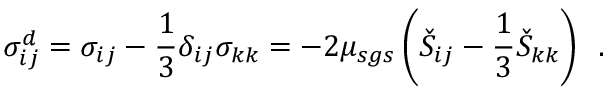
\sigma _ { i j } ^ { d } = \sigma _ { i j } - \frac { 1 } { 3 } \delta _ { i j } \sigma _ { k k } = - 2 \mu _ { s g s } \left( \check { S } _ { i j } - \frac { 1 } { 3 } \check { S } _ { k k } \right) \, \mathrm { ~ . ~ }